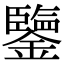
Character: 鑒